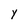
Character: y